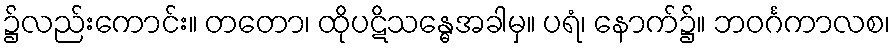
၌လည်းကောင်း။ တတော၊ ထိုပဋိသန္ဓေအခါမှ။ ပရံ၊ နောက်၌။ ဘဝင်္ဂကာလစ၊